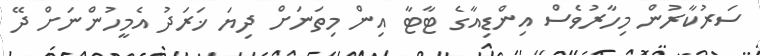
ސަރުކާރުން މިހާރުވެސް އިންޑިއާގެ ޓާޓާ އިން މިތަނަށް ދިޔަ ޚަރަދު އެމީހުންނަށް ދޭ